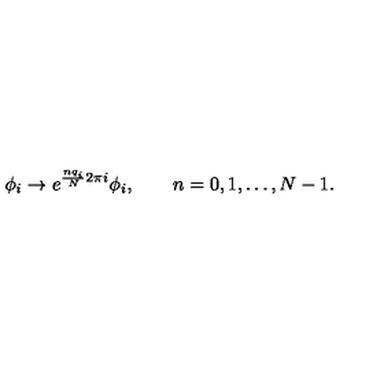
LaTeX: \phi _ { i } \to e ^ { \frac { n q _ { i } } { N } 2 \pi i } \phi _ { i } , \qquad n = 0 , 1 , \ldots , N - 1 .